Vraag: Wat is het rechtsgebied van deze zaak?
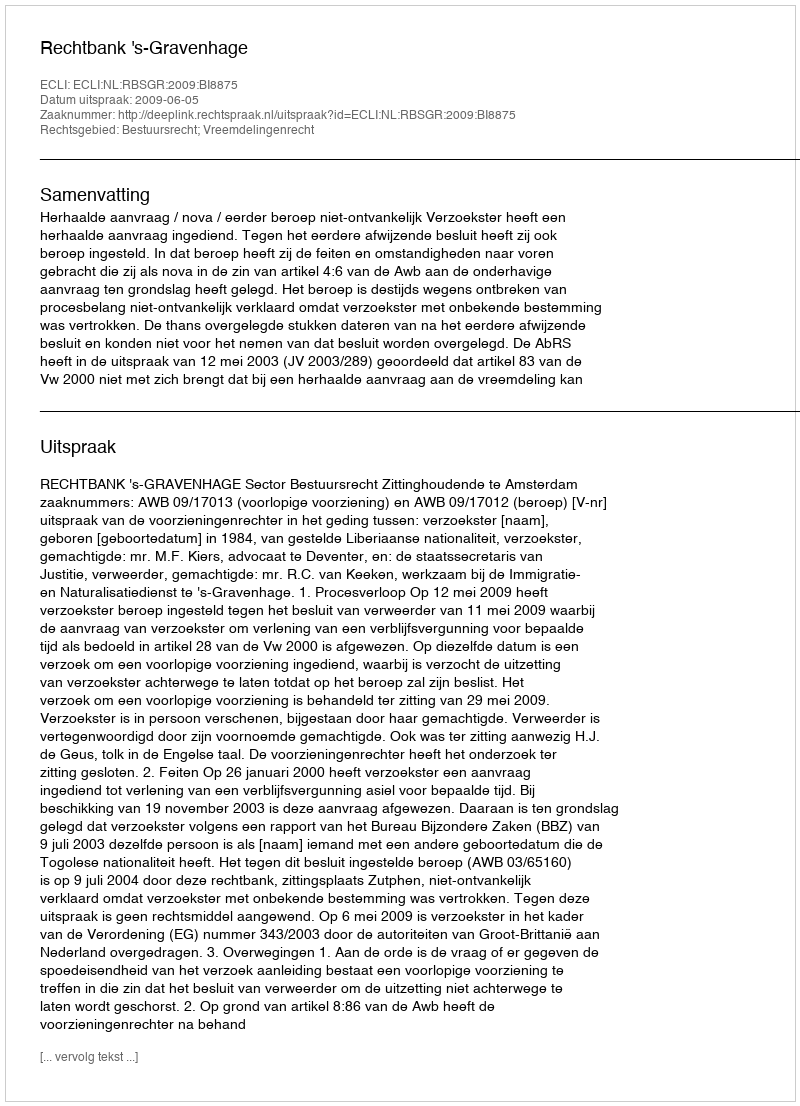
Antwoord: Bestuursrecht; Vreemdelingenrecht